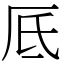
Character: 厎